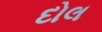
દોલ